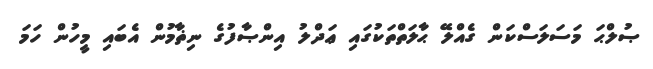
ޞުލްޙަ މަސަލަސްކަން ގެއްލޭ ޙާލަތްތަކުގައި ޢަދްލު އިންޞާފުގެ ނިޡާމުން އެބައި މީހުން ހަމަ